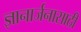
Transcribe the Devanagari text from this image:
ज्ञानार्जनासाठी